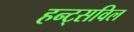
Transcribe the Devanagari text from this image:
हन्ट्सविल